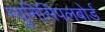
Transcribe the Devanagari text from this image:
म्युनिसिपलबोर्ड